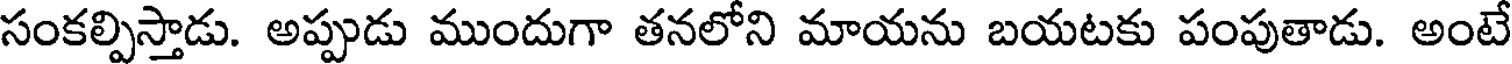
సంకల్పిస్తాడు. అప్పుడు ముందుగా తనలోని మాయను బయటకు పంపుతాడు. అంటే